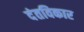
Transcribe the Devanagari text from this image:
दंतविकार